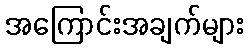
အကြောင်းအချက်များ